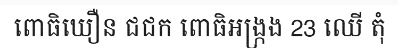
ពោធិឃឿន ជជក ពោធិអង្ក្រង 23 ឈើ តុំ